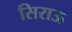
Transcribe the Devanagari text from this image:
सिराऊ